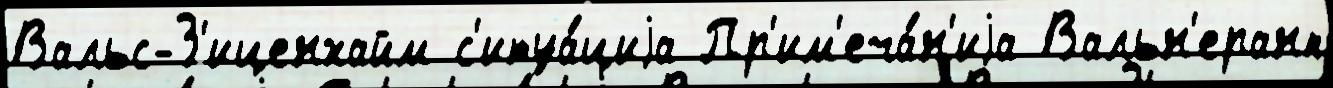
Вальс-З'иценхайм с'итуа́циjа Пр'им'еча́н'иjа Вальн'еранп